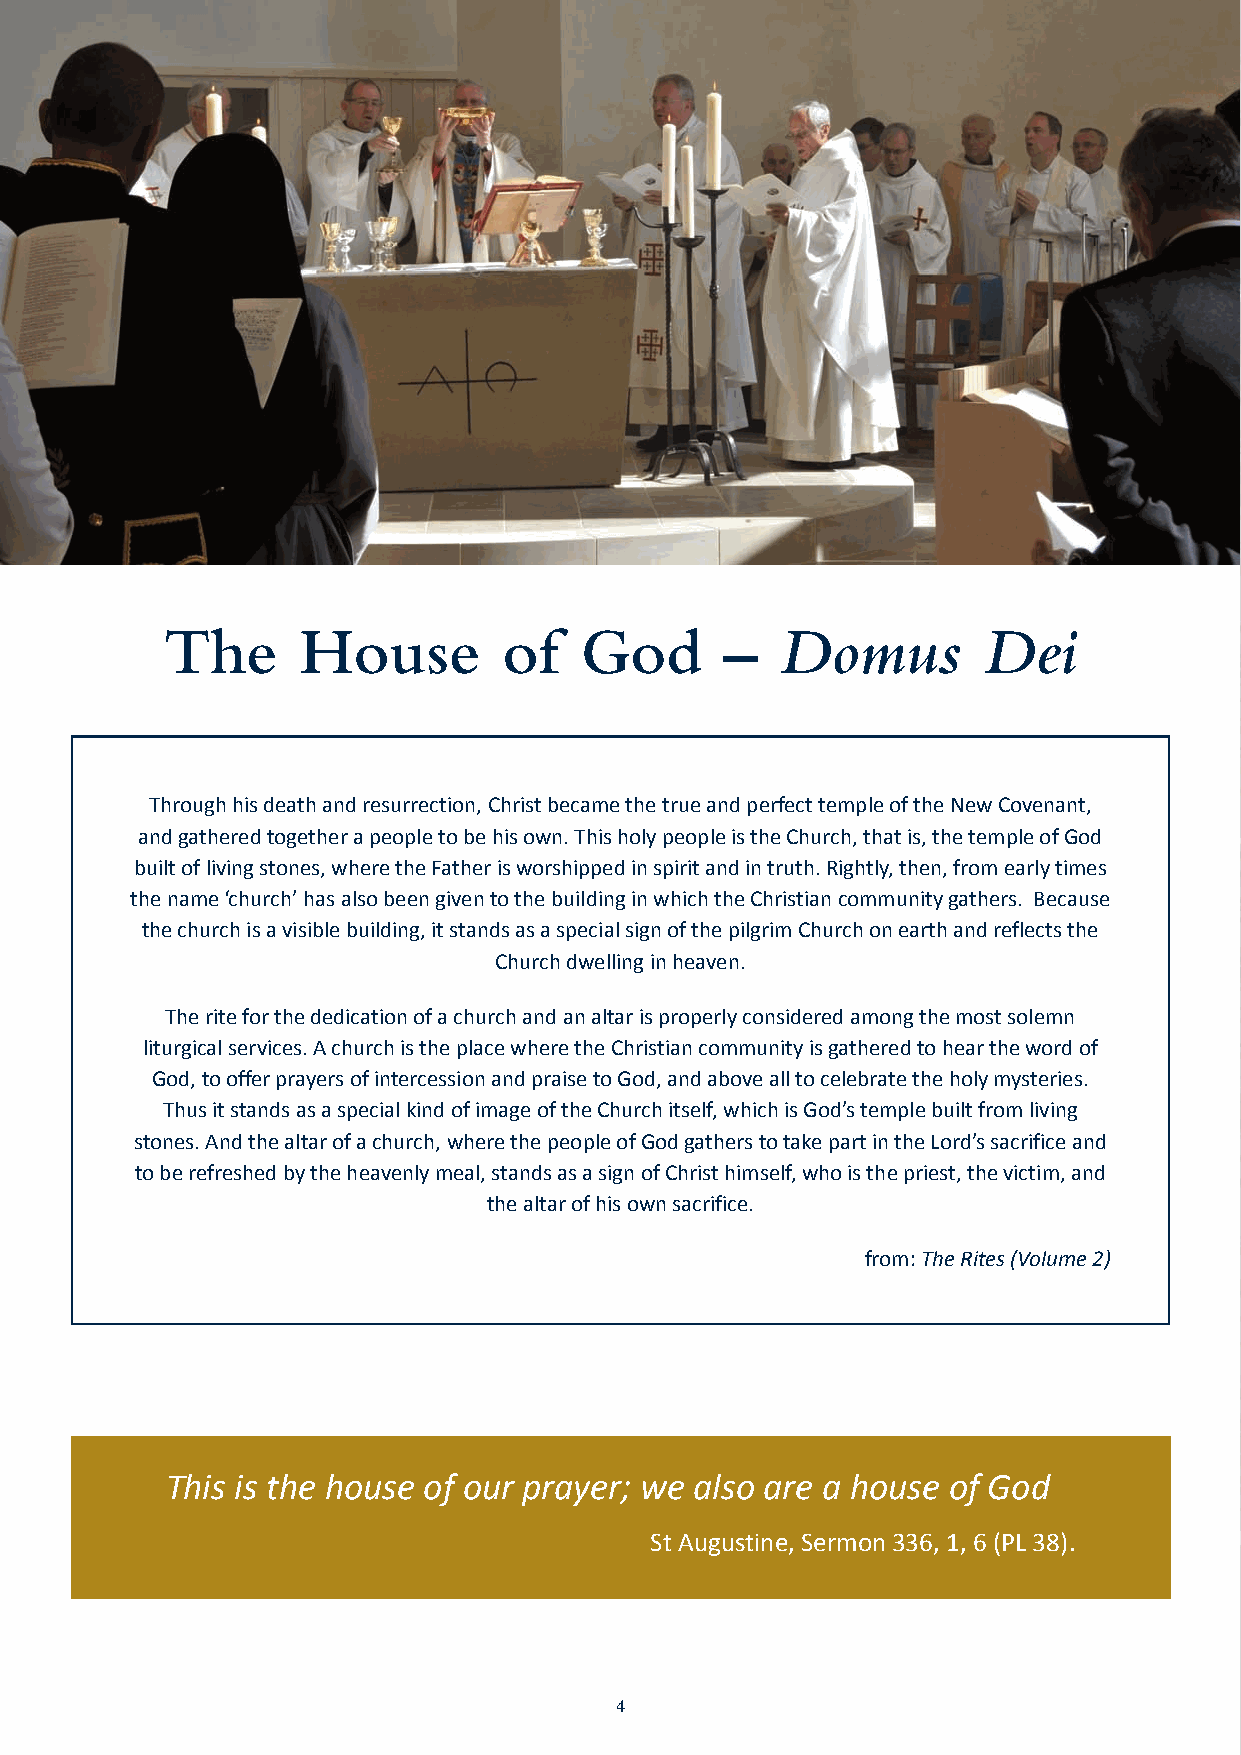
JN40870_Stanbrook 32pp Inners_Layout 1 18/11/2015 14:08 Page 4
 The      House        of    God      –   Domus        Dei
 Through his death and resurrection, Christ became the true and perfect temple of the New Covenant,
 and gathered together a people to be his own. This holy people is the Church, that is, the temple of God
 built of living stones, where the Father is worshipped in spirit and in truth. Rightly, then, from early times
 the name ‘church’ has also been given to the building in which the Christian community gathers. Because
 the church is a visible building, it stands as a special sign of the pilgrim Church on earth and reflects the
 Church dwelling in heaven.
 The rite for the dedication of a church and an altar is properly considered among the most solemn
 liturgical services. A church is the place where the Christian community is gathered to hear the word of
 God, to offer prayers of intercession and praise to God, and above all to celebrate the holy mysteries.
 Thus it stands as a special kind of image of the Church itself, which is God’s temple built from living
 stones. And the altar of a church, where the people of God gathers to take part in the Lord’s sacrifice and
 to be refreshed by the heavenly meal, stands as a sign of Christ himself, who is the priest, the victim, and
 the altar of his own sacrifice.
 from:The Rites (Volume 2)
 This is the house of our prayer; we also are a house of God
 St Augustine, Sermon 336, 1, 6 (PL 38).
 4